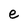
Character: e